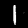
Digit: 1